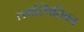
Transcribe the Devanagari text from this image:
समस्थितिका